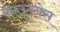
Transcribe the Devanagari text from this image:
काउंटनेस